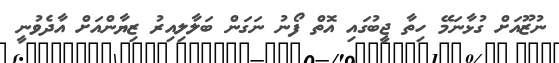
ނުޒޫއަށް ގުޅާނަމޭ ހިތާ ޖީބުގައި އޮތް ފޯނު ނަގަން ބަލާލިއިރު ޒިޔާންއަށް އާދެވުނީ